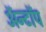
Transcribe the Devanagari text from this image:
ॲन्टॉप